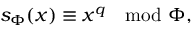
s _ { \Phi } ( x ) \equiv x ^ { q } \mod \Phi ,